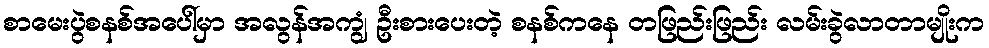
စာမေးပွဲစနစ်အပေါ်မှာ အလွန်အကျွံ ဦးစားပေးတဲ့ စနစ်ကနေ တဖြည်းဖြည်း လမ်းခွဲလာတာမျိုးက